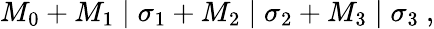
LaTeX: M_{0}+M_{1}\mid\sigma_{1}+M_{2}\mid\sigma_{2}+M_{3}\mid\sigma_{3}~,